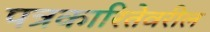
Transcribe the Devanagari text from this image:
पत्रकारितेवरील